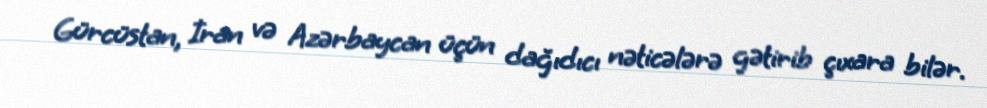
Gürcüstan, İran və Azərbaycan üçün dağıdıcı nəticələrə gətirib çıxara bilər.